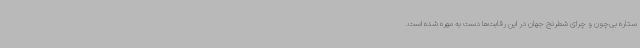
ستاره بی‌چون و چرای شطرنج جهان در این رقابت‌ها دست به مهره شده است.